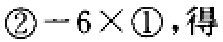
$\textcircled{2}-6\times\textcircled{1}，得$